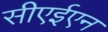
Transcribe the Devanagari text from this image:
सीएईएन